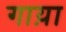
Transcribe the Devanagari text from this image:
गाय़ा